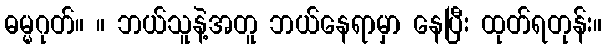
ဓမ္မဂုတ်။ ။ ဘယ်သူနဲ့အတူ ဘယ်နေရာမှာ နေပြီး ထုတ်ရတုန်း။